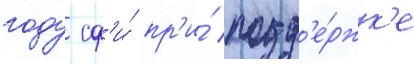
году сф'и́ пр'и́ подд'е́ржк'е